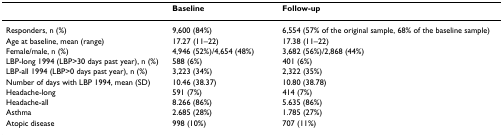
<table><thead><tr><td>[EMPTY_CELL]</td><td><b>Baseline</b></td><td><b>Follow-up</b></td></tr></thead><tbody><tr><td>Responders, n (%)</td><td>9,600 (84%)</td><td>6,554 (57% of the original sample, 68% of the baseline sample)</td></tr><tr><td>Age at baseline, mean (range)</td><td>17.27 (11–22)</td><td>17.38 (11–22)</td></tr><tr><td>Female/male, n (%)</td><td>4,946 (52%)/4,654 (48%)</td><td>3,682 (56%)/2,868 (44%)</td></tr><tr><td>LBP-long 1994 (LBP&gt;30 days past year), n (%)</td><td>588 (6%)</td><td>401 (6%)</td></tr><tr><td>LBP-all 1994 (LBP&gt;0 days past year), n (%)</td><td>3,223 (34%)</td><td>2,322 (35%)</td></tr><tr><td>Number of days with LBP 1994, mean (SD)</td><td>10.46 (38.37)</td><td>10.80 (38.78)</td></tr><tr><td>Headache-long</td><td>591 (7%)</td><td>414 (7%)</td></tr><tr><td>Headache-all</td><td>8.266 (86%)</td><td>5.635 (86%)</td></tr><tr><td>Asthma</td><td>2.685 (28%)</td><td>1.785 (27%)</td></tr><tr><td>Atopic disease</td><td>998 (10%)</td><td>707 (11%)</td></tr></tbody></table>